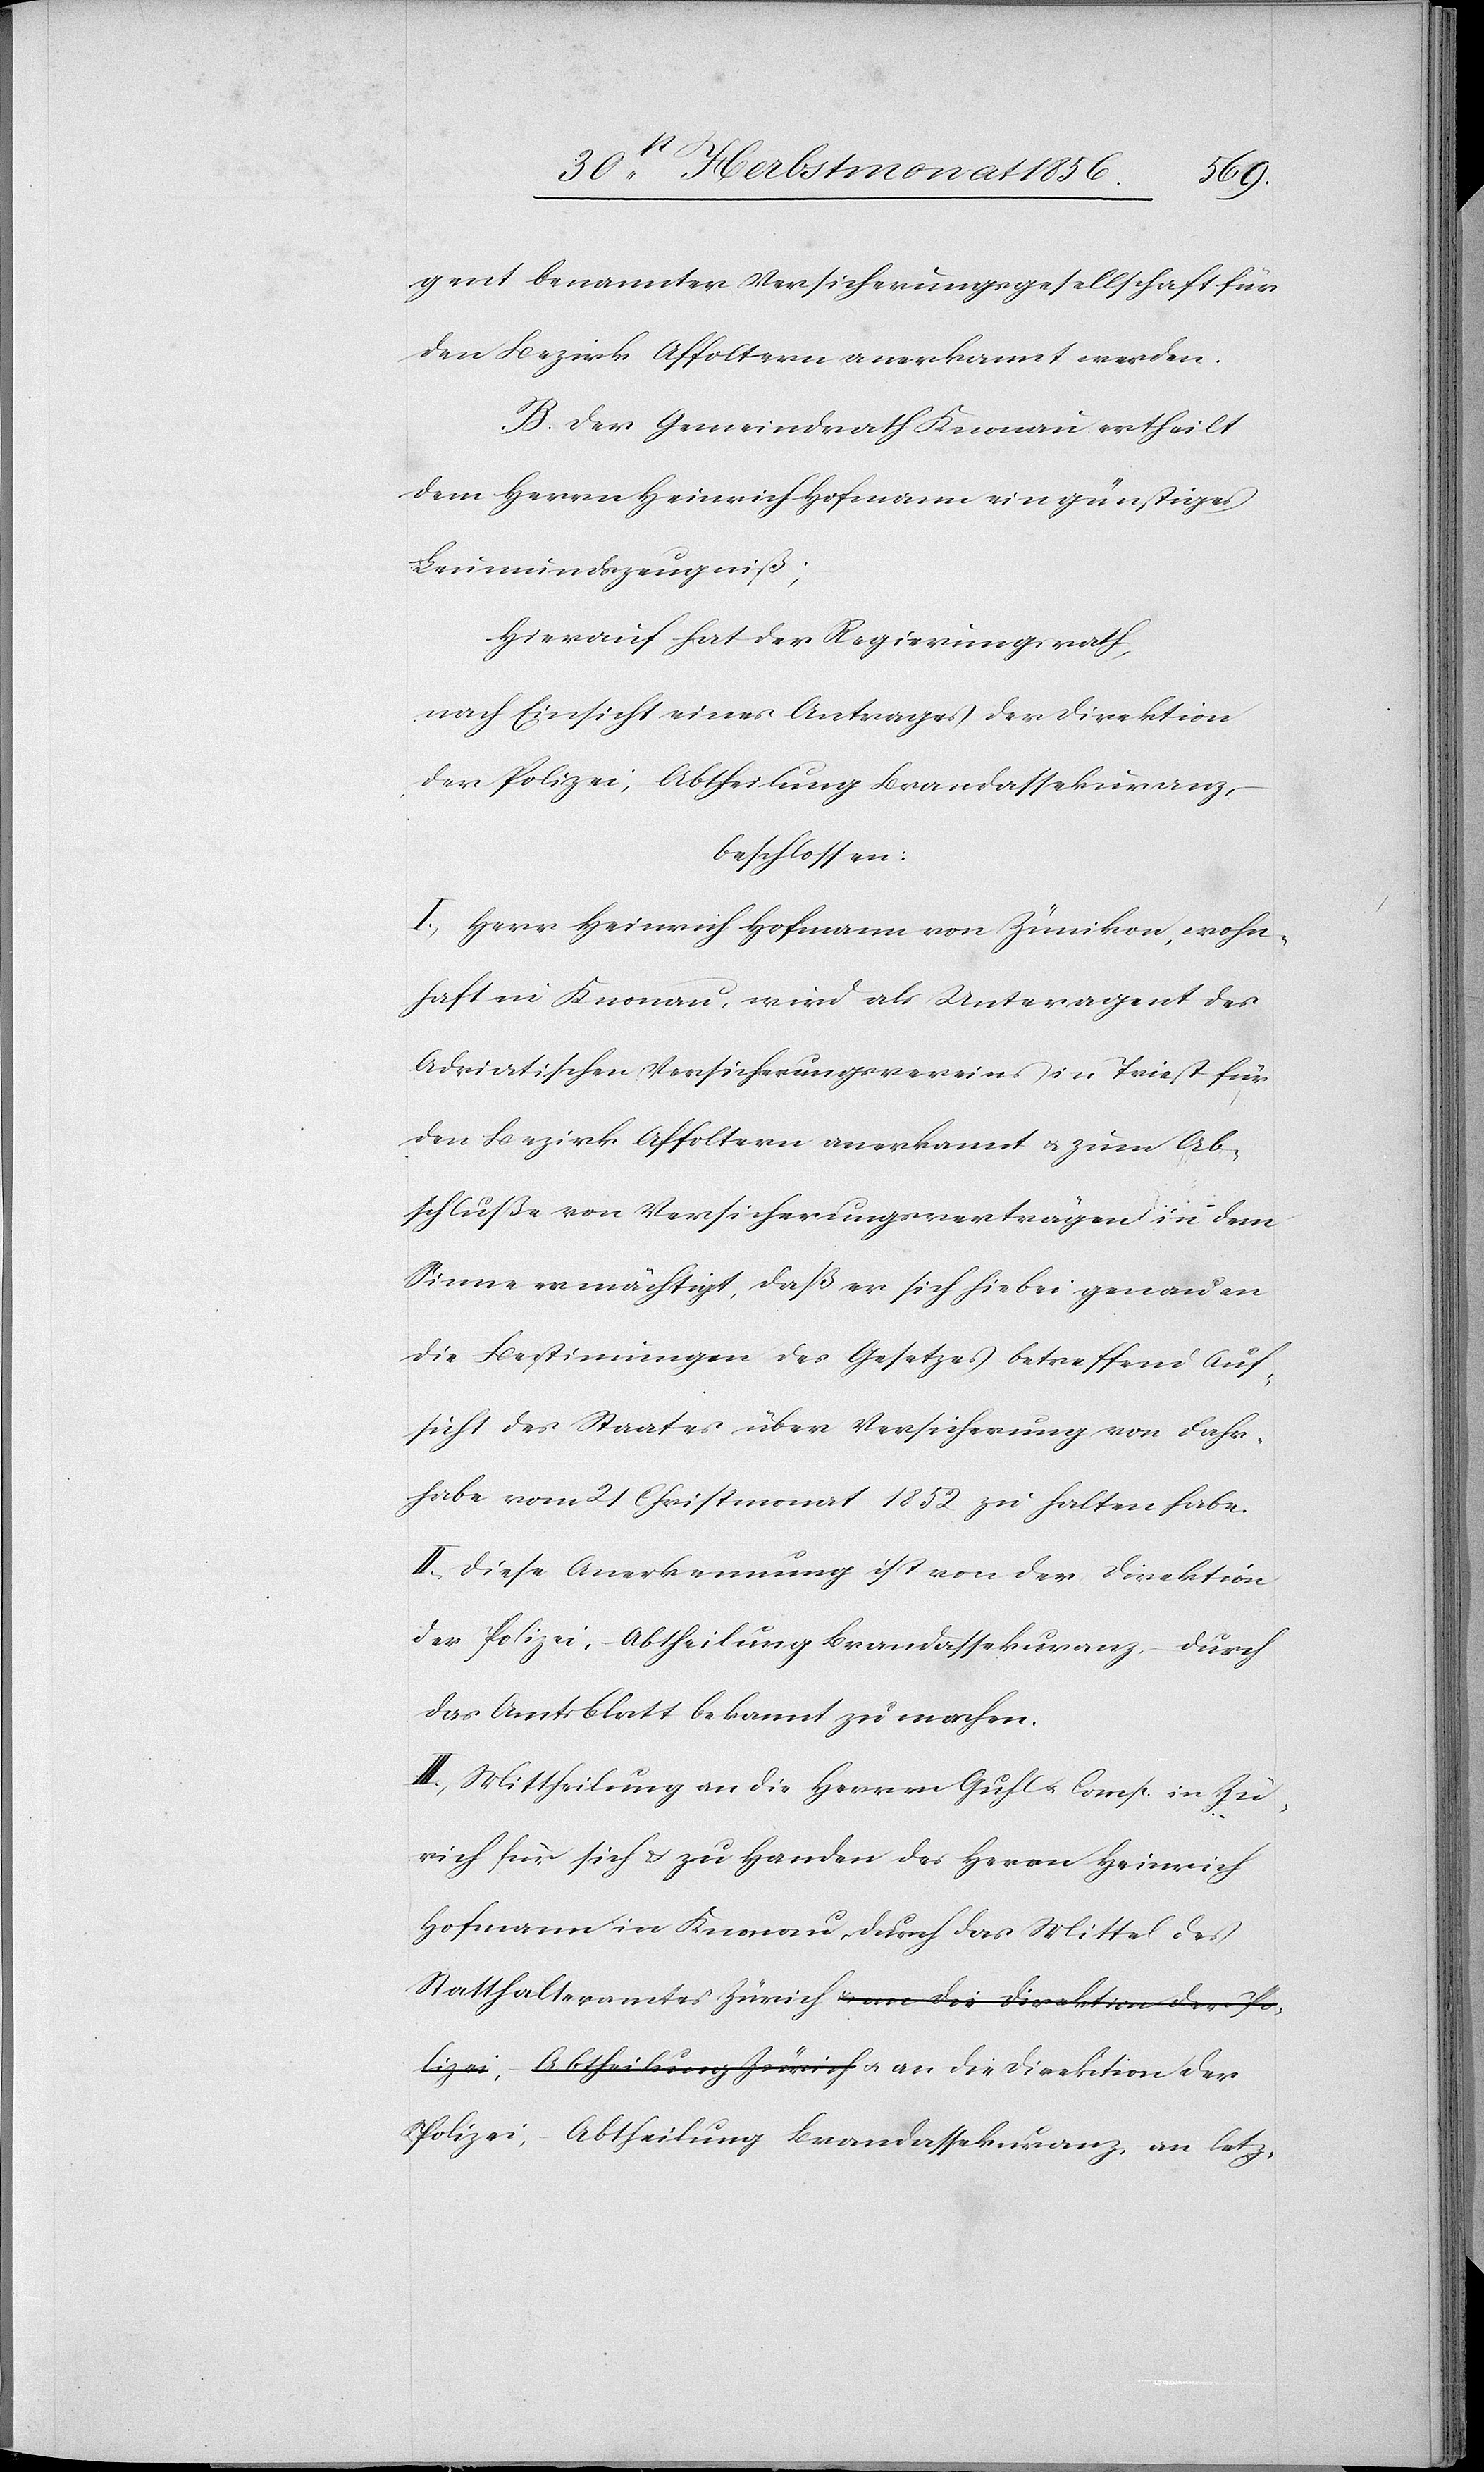
gent benannter Versicherungsgesellschaft für
den Bezirks Affoltern anerkannt werden.
B. Der Gemeindrath Knonau ertheilt
dem Herrn Heinrich Hofmann ein günstiges
Leumundszeugniß;
Hierauf hat der Regierungsrath,
nach Einsicht eines Antrages der Direktion
der Polizei, Abtheilung Brandassekuranz,
beschlossen:
I.) Herr Heinrich Hofmann von Zünikon, wohn¬
haft in Knonau, wird als Unteragent des
Adriatischen Versicherungsvereins in Triest für
den Bezirk Affoltern anerkannt u. zum Ab¬
schluße von Versicherungsverträgen in dem
Sinne ermächtigt, daß er sich hiebei genau an
die Bestimmungen des Gesetzes betreffend Auf¬
sicht des Staates über Versicherung von Fahr¬
habe vom 21 Christmonat 1852 zu halten habe.
II.) Diese Anerkennung ist von der Direktion
der Polizei, – Abtheilung Brandassekuranz, – durch
das Amtsblatt bekannt zu machen.
III.) Mittheilung an die Herren Guhl u. Comp. in Zü¬
rich für sich u. zu Handen des Herrn Heinrich
Hofmann in Knonau durch das Mittel des
Statthalteramtes Zürich u. an die Direktion der P¬
olizei, – Abtheilung Brandassekuranz, an letz-